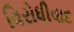
વિરોધીવાદ